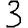
Digit: 3